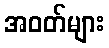
အဝတ်များ